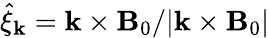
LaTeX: \hat{\xi}_{\mathbf{k}}=\mathbf{k}\times\mathbf{B}_{0}/|\mathbf{k}\times\mathbf{B}_{0}|